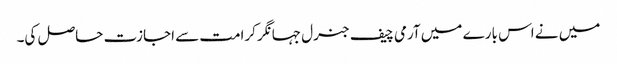
میں نے اس بارے میں آرمی چیف جنرل جہانگر کرامت سے اجازت حاصل کی۔